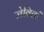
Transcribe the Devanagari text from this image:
जेवितां